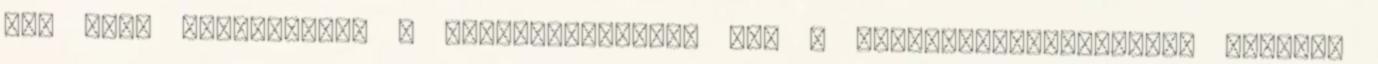
óra után megtalálták a terrorelhárítók azt a tüdőtranszplantáción átesett